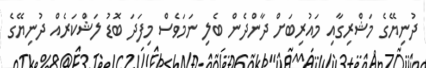
ދުނިޔޭގެ މަޝްރިގާއި މައުރިބަށް ދާންދެން ބެލި ނަމަވެސް މިފަދަ ބޮޑު ލަޝްކަރެއް ދުނިޔޭގެ